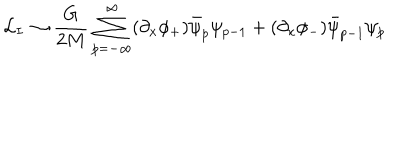
LaTeX: { \cal L } _ { I } \rightarrow \frac { G } { 2 M } \sum _ { p = - \infty } ^ { \infty } ( \partial _ { x } \phi _ { + } ) \bar { \psi } _ { p } \psi _ { p - 1 } + ( \partial _ { x } \phi _ { - } ) \bar { \psi } _ { p - 1 } \psi _ { p }